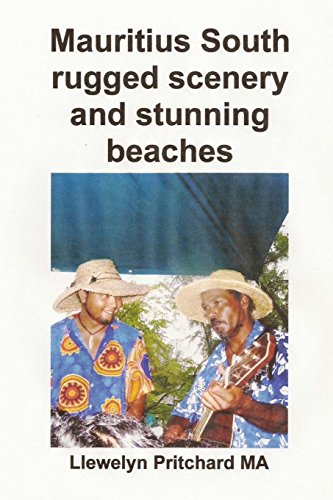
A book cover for Mauritius South rugged scenery and stunning beaches: Bilduma Souvenir bat argazki koloretan epigrafeekin (Argazki Albumak) (Volume 9) (Basa Edition); Llewelyn Pritchard MA; Travel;